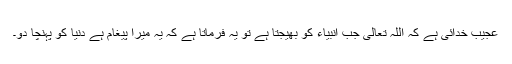
عجیب خدائی ہے کہ اللہ تعالیٰ جب انبیاء کو بھیجتا ہے تو یہ فرماتا ہے کہ یہ میرا پیغام ہے دنیا کو پہنچا دو۔